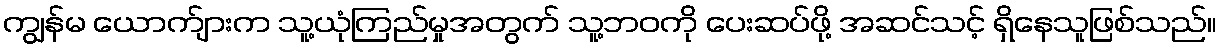
ကျွန်မ ယောက်ျားက သူ့ယုံကြည်မှုအတွက် သူ့ဘဝကို ပေးဆပ်ဖို့ အဆင်သင့် ရှိနေသူဖြစ်သည်။